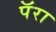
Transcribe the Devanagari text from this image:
पॅरा